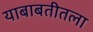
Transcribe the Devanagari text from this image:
याबाबतीतला